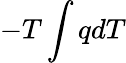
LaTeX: -T\int qdT